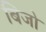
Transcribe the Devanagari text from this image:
बिजो